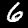
Label: 6